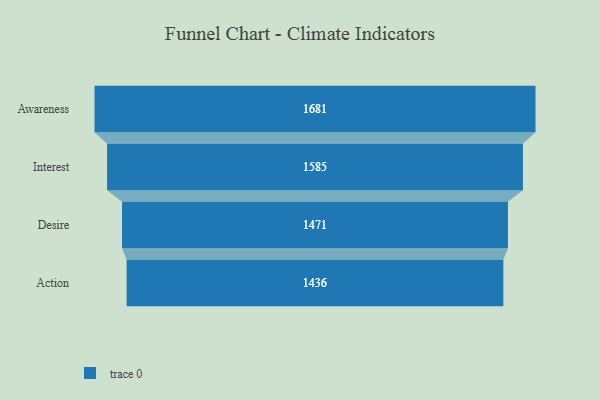
{"axis": {"x": "Stage", "y": "Value"}, "legend": [""], "data": [{"x": "Awareness", "y": 1681.0, "type": ""}, {"x": "Interest", "y": 1585.0, "type": ""}, {"x": "Desire", "y": 1471.0, "type": ""}, {"x": "Action", "y": 1436.0, "type": ""}]}